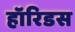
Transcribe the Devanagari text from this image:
हॉरिडस